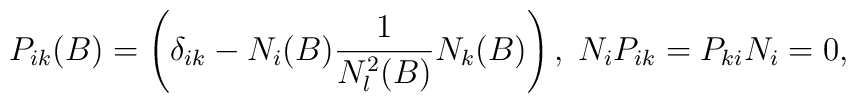
P_{ik} (B) = \left( \delta_{ik} - N_i(B) \frac{1}{N_l^2(B)} N_k(B) \right),\; N_i P_{ik} = P_{ki} N_i = 0,